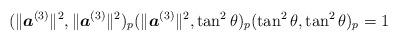
LaTeX: \begin{align*}(\|\boldsymbol{a}^{(3)}\|^2, \|\boldsymbol{a}^{(3)}\|^2)_p (\|\boldsymbol{a}^{(3)}\|^2, \tan^2\theta)_p (\tan^2\theta, \tan^2\theta)_p = 1\end{align*}